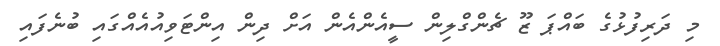
މި ދަރިފުޅުގެ ބައްޕަ ޒޫ ޗެންގްލިން ސީއެންއެން އަށް ދިން އިންޓަވިއުއެއްގައި ބުނެފައި